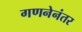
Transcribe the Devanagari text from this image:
गणनेनंतर